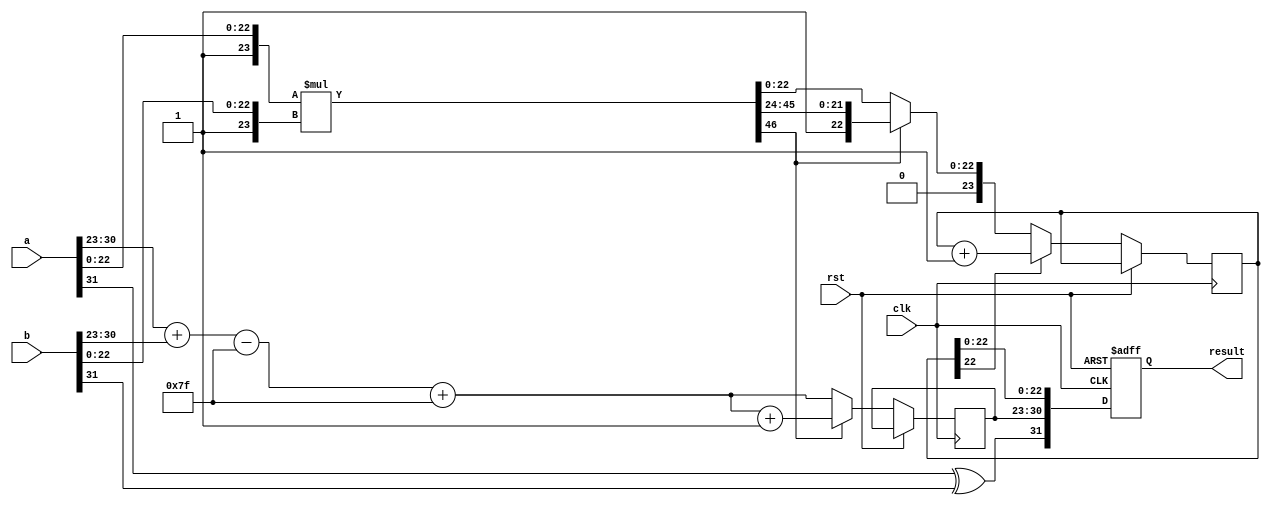
module floating_point_multiplier (
    input wire clk,
    input wire rst,
    input wire [31:0] a, // First floating-point number
    input wire [31:0] b, // Second floating-point number
    output reg [31:0] result // Resulting floating-point number
);

    // Constants
    localparam EXPONENT_BIAS = 127;
    localparam EXPONENT_WIDTH = 8;
    localparam SIGNIFICAND_WIDTH = 23;
    localparam TOTAL_WIDTH = 32;

    // Internal signals
    wire sign_a, sign_b;
    wire [EXPONENT_WIDTH-1:0] exp_a, exp_b;
    wire [SIGNIFICAND_WIDTH:0] sig_a, sig_b; // Including implicit leading 1
    wire [EXPONENT_WIDTH-1:0] exp_result;
    wire [SIGNIFICAND_WIDTH*2:0] sig_result; // Result significand
    wire result_sign;
    reg [EXPONENT_WIDTH-1:0] exp_final;
    reg [SIGNIFICAND_WIDTH:0] sig_final;

    // Extract sign, exponent, and significand
    assign sign_a = a[31];
    assign exp_a = a[30:23];
    assign sig_a = {1'b1, a[22:0]}; // Implicit leading 1 for normalized numbers

    assign sign_b = b[31];
    assign exp_b = b[30:23];
    assign sig_b = {1'b1, b[22:0]}; // Implicit leading 1 for normalized numbers

    // Determine result sign
    assign result_sign = sign_a ^ sign_b;

    // Exponent calculation
    wire [EXPONENT_WIDTH:0] exp_sum;
    assign exp_sum = {1'b0, exp_a} + {1'b0, exp_b} - EXPONENT_BIAS; // Add exponents and subtract bias
    assign exp_result = exp_sum[EXPONENT_WIDTH-1:0] + EXPONENT_BIAS; // Apply bias to result exponent

    // Significand multiplication
    assign sig_result = sig_a * sig_b; // Multiply significands

    always @(posedge clk or posedge rst) begin
        if (rst) begin
            result <= 32'b0;
        end else begin
            // Normalize the result
            if (sig_result[SIGNIFICAND_WIDTH*2] == 1'b1) begin
                // If the result is normalized
                sig_final <= sig_result[SIGNIFICAND_WIDTH*2:SIGNIFICAND_WIDTH+1]; // Shift right
                exp_final <= exp_result + 1; // Increment exponent
            end else begin
                // If the result is denormalized
                sig_final <= sig_result[SIGNIFICAND_WIDTH-1:0]; // Keep as is
                exp_final <= exp_result; // Exponent remains the same
            end

            // Rounding (to nearest even)
            // This is a simplified rounding logic; more complex logic may be needed for full compliance
            if (sig_final[SIGNIFICAND_WIDTH-1] == 1'b1) begin
                sig_final <= sig_final + 1; // Round up if necessary
            end

            // Assemble the result
            result <= {result_sign, exp_final[EXPONENT_WIDTH-1:0], sig_final[SIGNIFICAND_WIDTH-1:0]};
        end
    end

endmodule